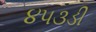
૪૫૩ડી